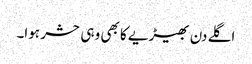
اگلے دن بھیڑیے کا بھی وہی حشر ہوا۔